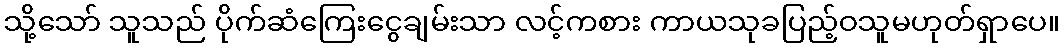
သို့သော် သူသည် ပိုက်ဆံကြေးငွေချမ်းသာ လင့်ကစား ကာယသုခပြည့်ဝသူမဟုတ်ရှာပေ။